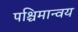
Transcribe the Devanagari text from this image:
पश्चिमान्वय